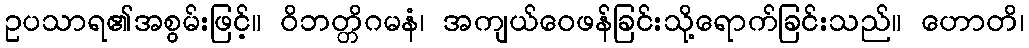
ဥပသာရ၏အစွမ်းဖြင့်။ ဝိဘတ္တိဂမနံ၊ အကျယ်ဝေဖန်ခြင်းသို့ရောက်ခြင်းသည်။ ဟောတိ၊